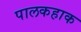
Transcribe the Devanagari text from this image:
पालकहाक